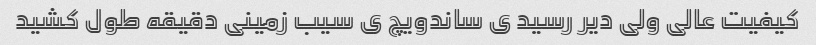
کیفیت عالی ولی دیر رسید ی ساندویچ ی سیب زمینی دقیقه طول کشید